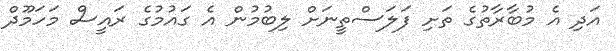
އަދި އެ މުބާރާތުގެ ތަށި ފަލަސްތީނަށް ލިބުމުން އެ ގައުމުގެ ރައީސް މަހަމޫދް